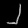
Digit: ၂